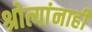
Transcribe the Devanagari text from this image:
श्रोत्यांनाही